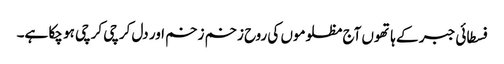
فسطائی جبر کے ہاتھوں آج مظلوموں کی روح زخم زخم اور دل کرچی کرچی ہو چکا ہے۔